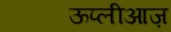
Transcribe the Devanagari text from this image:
ऊप्लीआज़